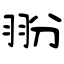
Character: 翂